Regulations for the medical services of the Army of India
Year: 1930
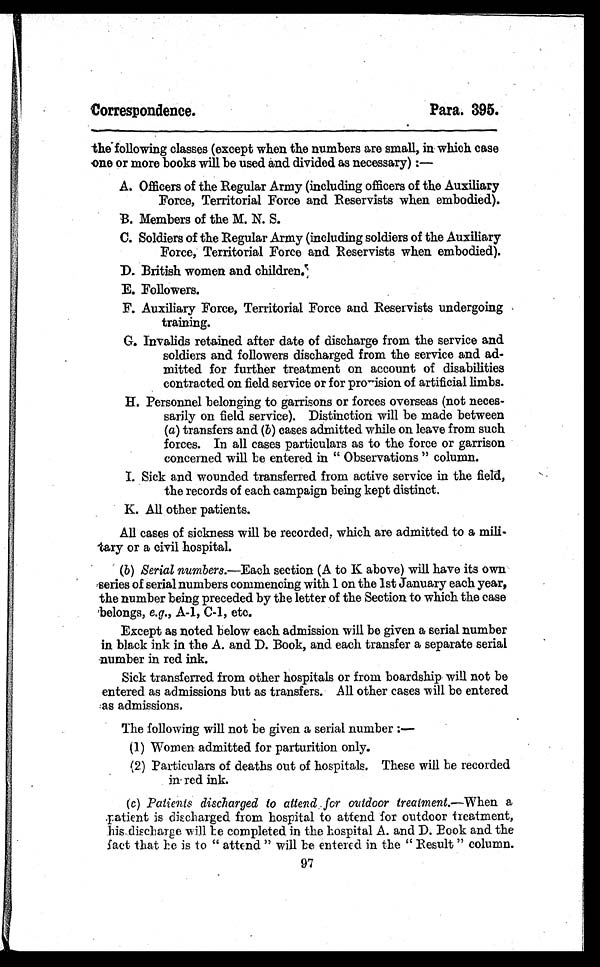
Correspondence.
Para. 395.
the following classes (except when the numbers are small, in which case
one or more books will be used and divided as necessary) :
—
A. Officers of the Regular Army (including officers of the Auxiliary
Force, Territorial Force and Reservists when embodied).
B. Members of the M. N. S.
C. Soldiers of the Regular Army (including soldiers of the Auxiliary
Force, Territorial Force and Reservists when embodied).
D. British women and children.
E. Followers.
F. Auxiliary Force, Territorial Force and Reservists undergoing
training.
G. Invalids retained after date of discharge from the service and
soldiers and followers discharged from the service and ad-
mitted for further treatment on account of disabilities
contracted on field service or for provision of artificial limbs.
H. Personnel belonging to garrisons or forces overseas (not neces-
sarily on field service). Distinction will be made between
(a) transfers and (b) cases admitted while on leave from such
forces. In all cases particulars as to the force or garrison
concerned will be entered in " Observations " column.
I. Sick and wounded transferred from active service in the field,
the records of each campaign being kept distinct.
K. All other patients.
All cases of sickness will be recorded, which are admitted to a mili-
tary or a civil hospital.
(b) Serial numbers.—Each section (A to K above) will have its own
series of serial numbers commencing with 1 on the 1st January each year,
the number being preceded by the letter of the Section to which the case
belongs, e.g., A-1, C-1, etc.
Except as noted below each admission will be given a serial number
in black ink in the A. and D. Book, and each transfer a separate serial
number in red ink.
Sick transferred from other hospitals or from boardship will not be
entered as admissions but as transfers. All other cases will be entered
as admissions.
The following will not be given a serial number
:—
(1) Women admitted for parturition only.
(2) Particulars of deaths out of hospitals. These will be recorded
in red ink.
( c ) Patients discharged to attend for outdoor treatment.— When a
patient is discharged from hospital to attend for outdoor treatment,
his discharge will be completed in the hospital A. and D. Book and the
fact that be is to " attend " will be entered in the " Result " column.
97